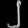
Digit: ၂